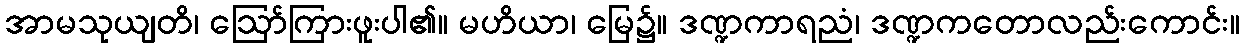
အာမသုယျတိ၊ ဩော်ကြားဖူးပါ၏။ မဟိယာ၊ မြေ၌။ ဒဏ္ဍကာရညံ၊ ဒဏ္ဍကတောလည်းကောင်း။